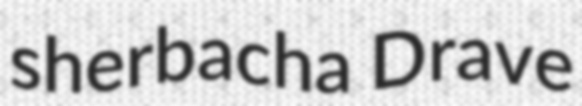
sherbacha Drave